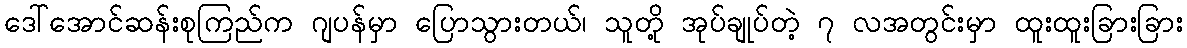
ဒေါ်အောင်ဆန်းစုကြည်က ဂျပန်မှာ ပြောသွားတယ်၊ သူတို့ အုပ်ချုပ်တဲ့ ၇ လအတွင်းမှာ ထူးထူးခြားခြား